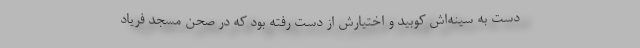
دست به سینه‌اش کوبید و اختیارش از دست رفته بود که در صحن مسجد فریاد